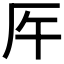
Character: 𠨺